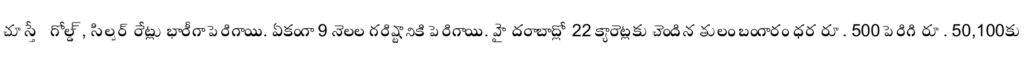
చూస్తే గోల్డ్, సిల్వర్ రేట్లు భారీగా పెరిగాయి. ఏకంగా 9 నెలల గరిష్టానికి పెరిగాయి. హైదరాబాద్లో 22 క్యారెట్లకు చెందిన తులం బంగారం ధర రూ. 500 పెరిగి రూ. 50,100కు